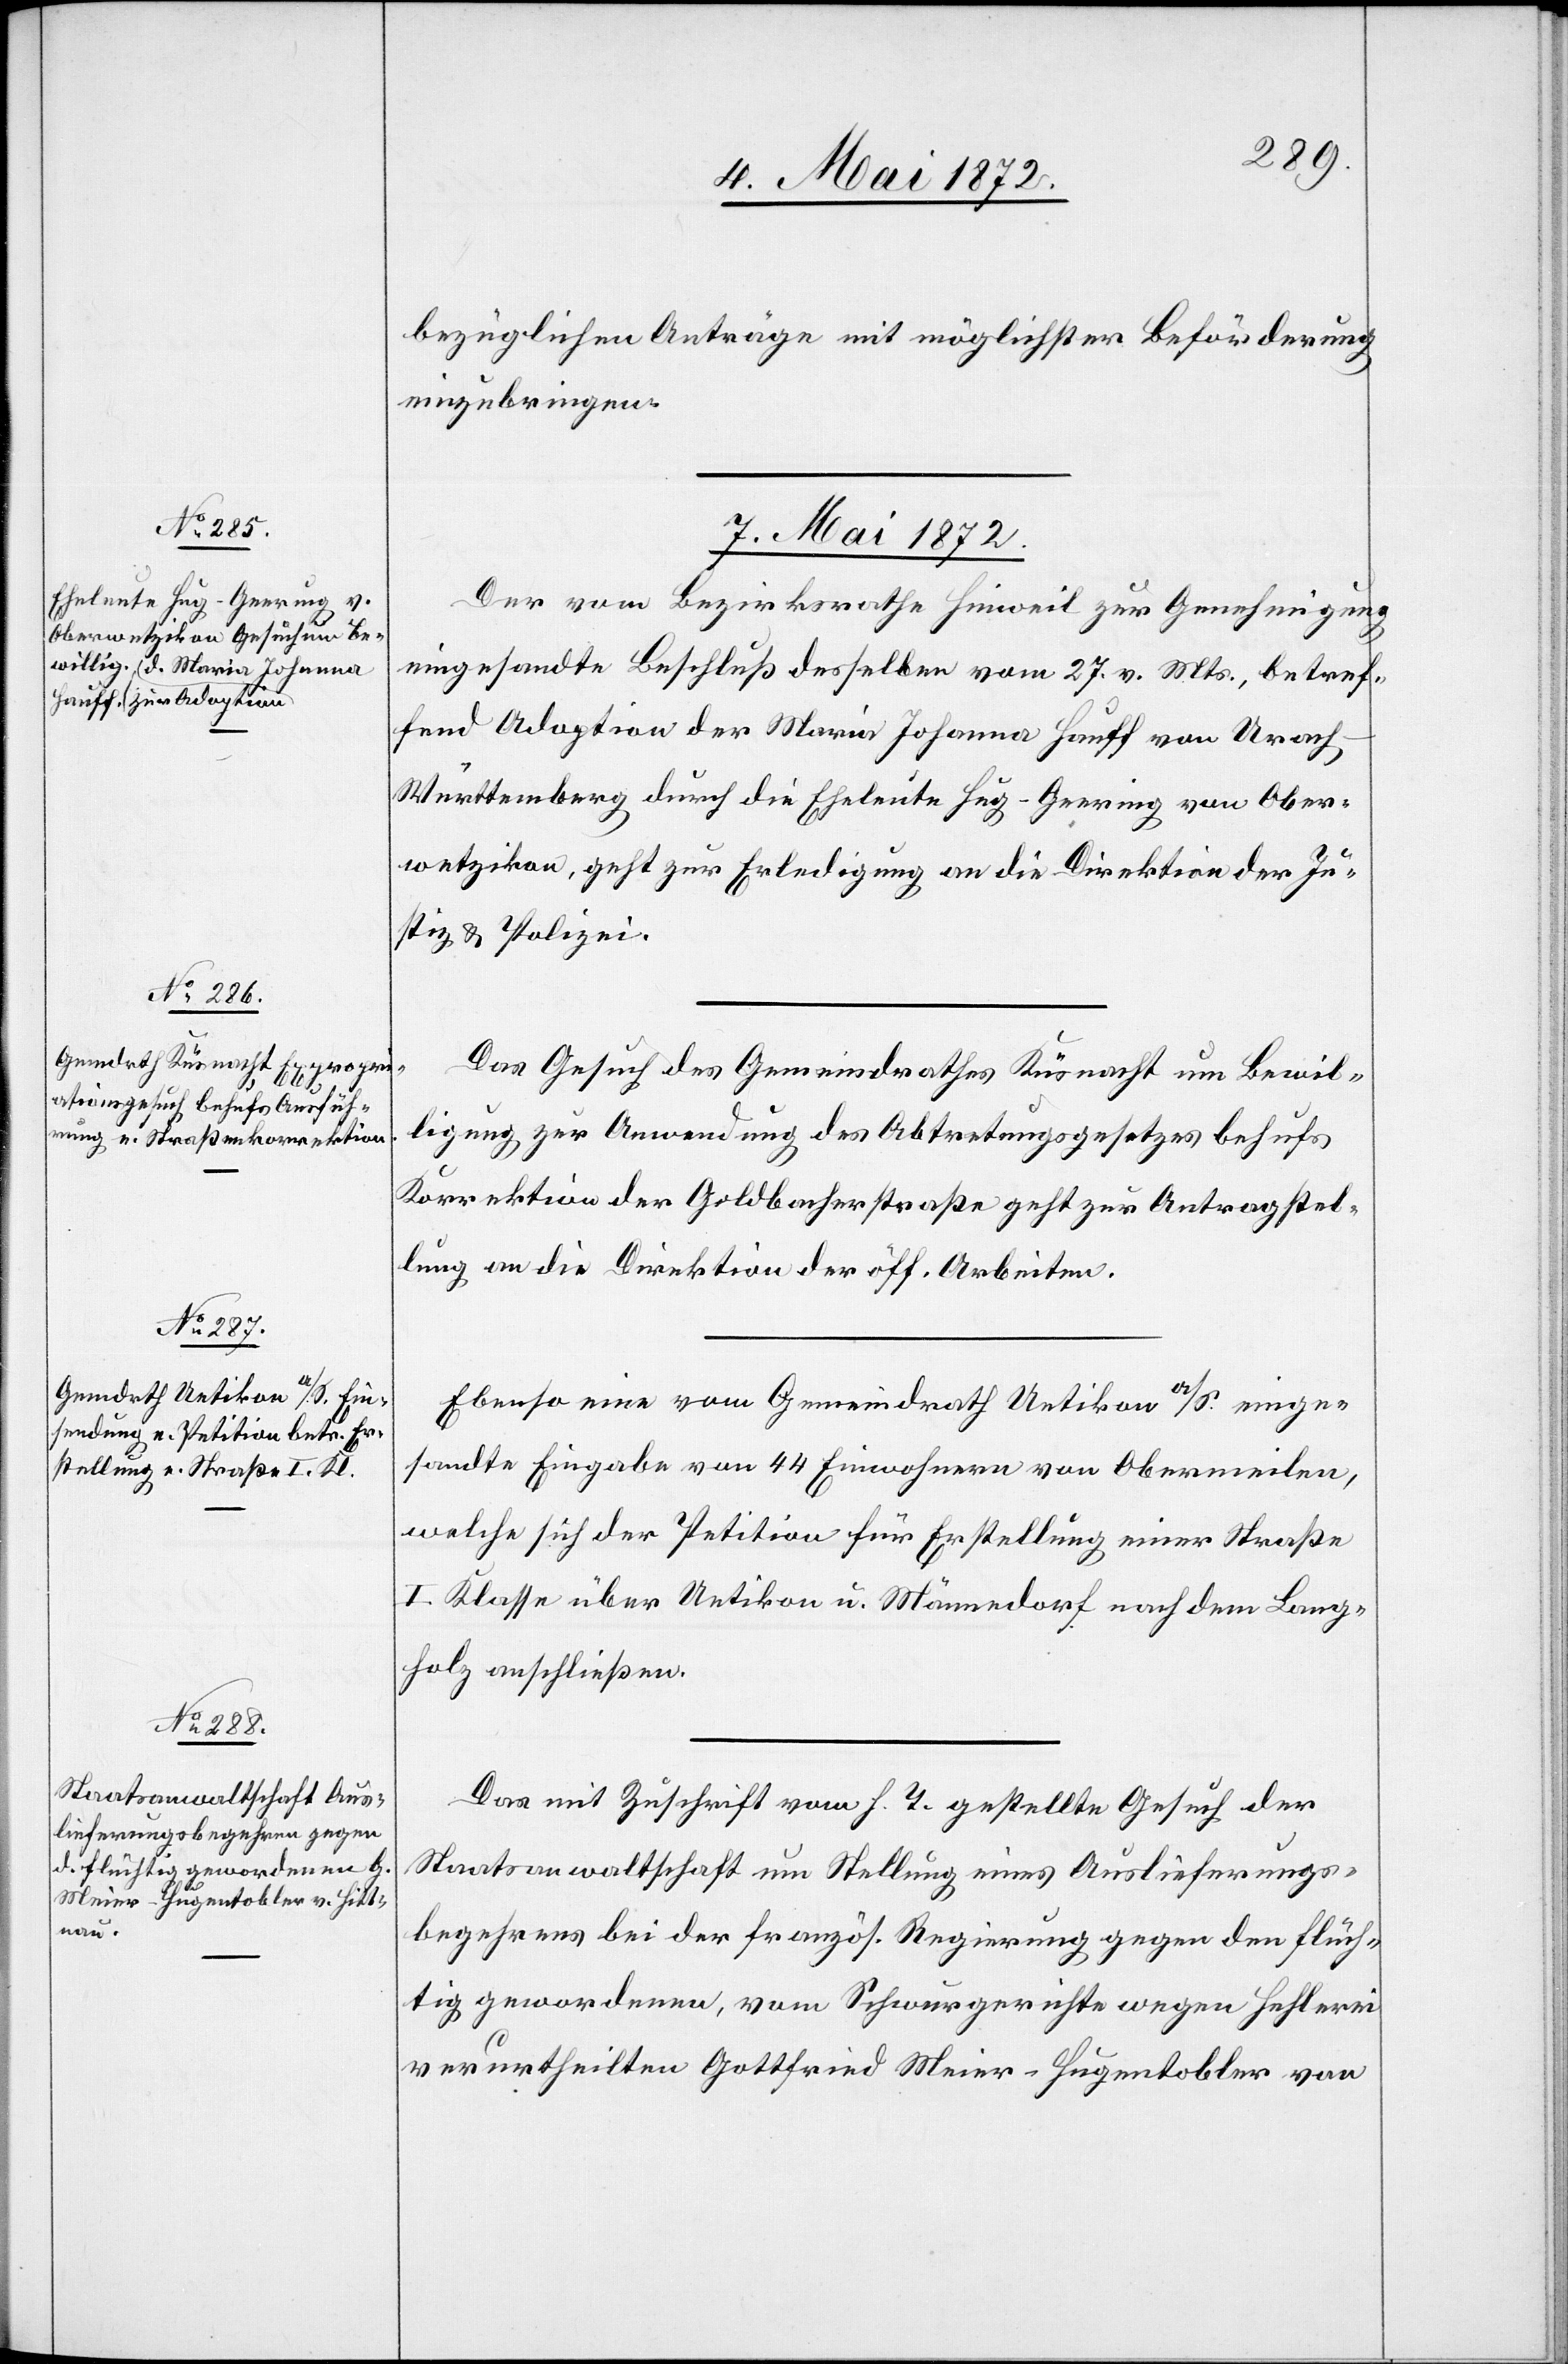
bezüglichen Anträge mit möglichster Beförderung
einzubringen.
7. Mai 1872.]
Der vom Bezirksrathe Hinweil zur Genehmigung
eingesandte Beschluß desselben vom 27. v. Mts., betref¬
fend Adoption der Maria Johanna Hauff von Urac¬
h-Württemberg durch die Eheleute Hug-Geering von Ober¬
wetzikon, geht zur Antragstellung an die Direktion der Ju¬
stiz u. Polizei.
Das Gesuch des Gemeindrathes Küsnacht um Bewil¬
ligung zur Anwendung des Abtretungsgesetzes behufs
Korrektion der Goldbacherstraße geht zur Antragstel¬
lung an die Direktion der öff. Arbeiten.
Ebenso eine vom Gemeindrath Uetikon a/S. einge¬
sandte Eingabe von 44 Einwohnern von Obermeilen,
welche sich der Petition für Erstellung einer Straße
I. Klasse über Uetikon u. Männendorf nach dem Lang¬
holz anschließen.
Das mit Zuschrift vom h. T. gestellte Gesuch der
Staatsanwaltschaft um Stellung eines Auslieferungs¬
begehrens bei der französ. Regierung gegen den flüch¬
tig gewordenen, vom Schwurgerichte wegen Hehlerei
verurtheilten Gottfried Meier-Hugentobler von